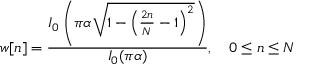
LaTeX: w [ n ] = { \frac { I _ { 0 } \left( \pi \alpha { \sqrt { 1 - \left( { \frac { 2 n } { N } } - 1 \right) ^ { 2 } } } \right) } { I _ { 0 } ( \pi \alpha ) } } , \quad 0 \leq n \leq N